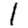
Digit: 1